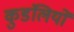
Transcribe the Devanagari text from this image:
कुडंलियों